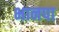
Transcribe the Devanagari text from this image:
भानपा